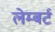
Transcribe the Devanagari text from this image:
लेम्‍बर्ट